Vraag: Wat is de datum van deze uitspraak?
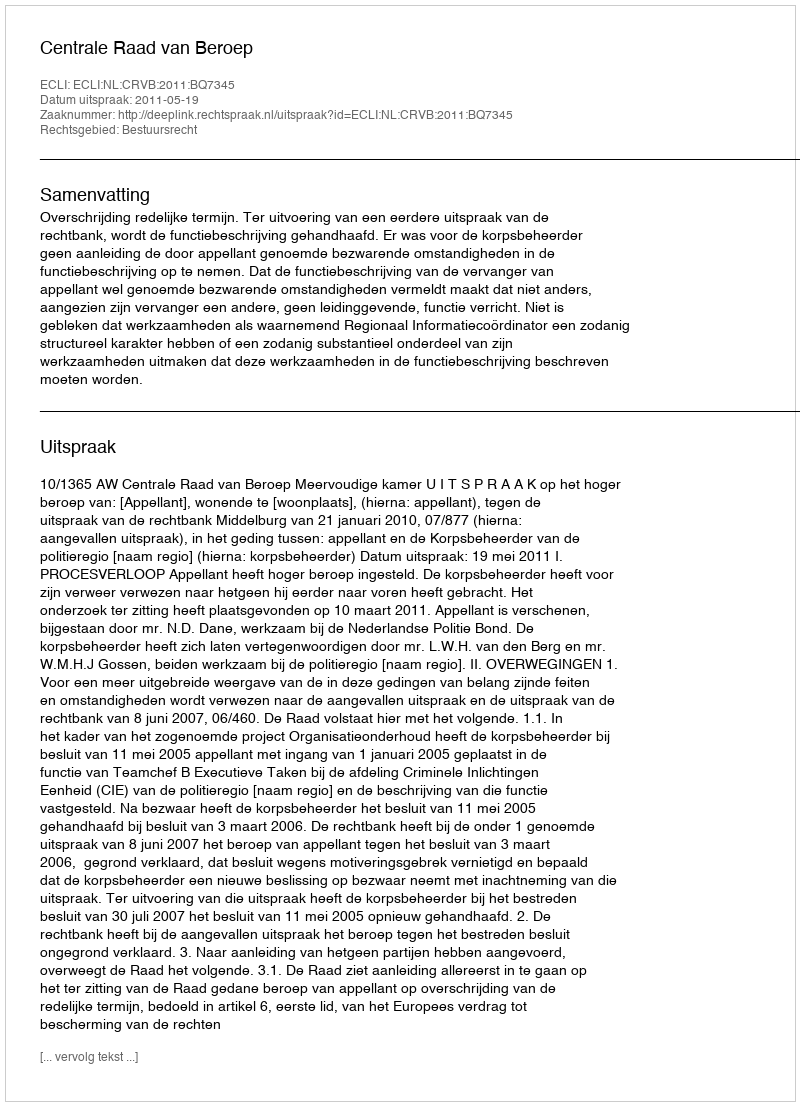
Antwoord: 2011-05-19